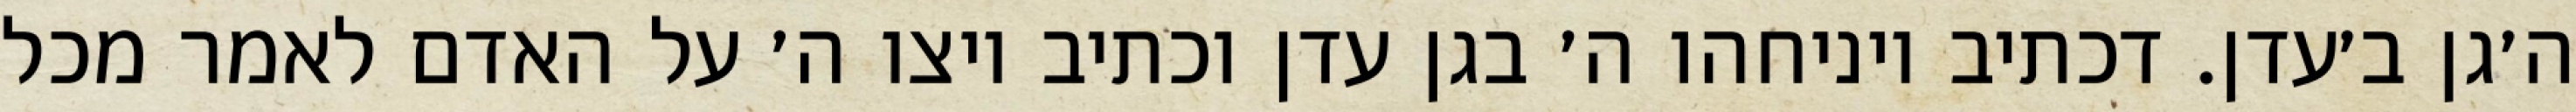
ה׳גן ב׳עדן. דכתיב ויניחהו ה׳ בגן עדן וכתיב ויצו ה׳ על האדם לאמר מכל